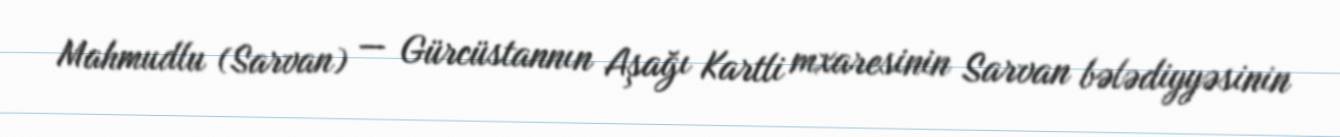
Mahmudlu (Sarvan) — Gürcüstannın Aşağı Kartli mxaresinin Sarvan bələdiyyəsinin